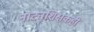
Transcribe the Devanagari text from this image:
नाट्यशिक्षकही